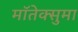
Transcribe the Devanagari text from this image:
मॉतेक्सुमा